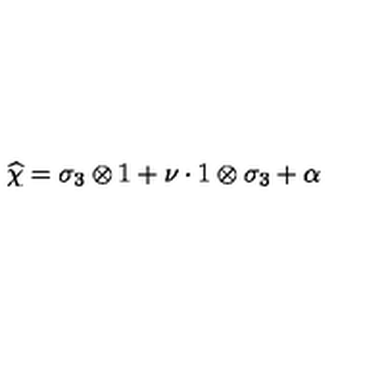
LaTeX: \widehat { \chi } = \sigma _ { 3 } \otimes 1 + \nu \cdot 1 \otimes \sigma _ { 3 } + \alpha